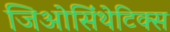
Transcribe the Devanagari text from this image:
जिओसिंथेटिक्स